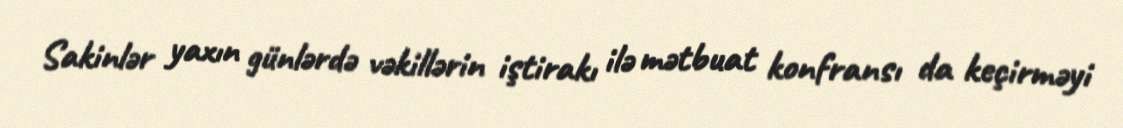
Sakinlər yaxın günlərdə vəkillərin iştirakı ilə mətbuat konfransı da keçirməyi